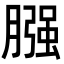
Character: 膙